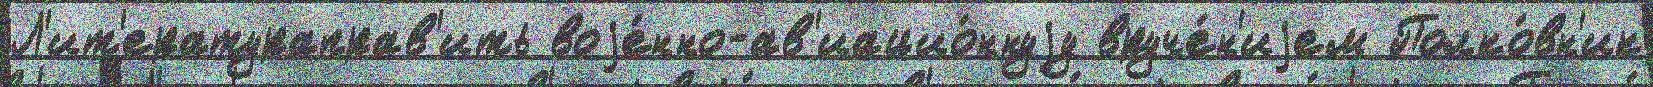
Л'ит'ератураправ'ить воjе́нно-ав'иацио́ннуjу вруче́н'иjем Полко́вн'ик